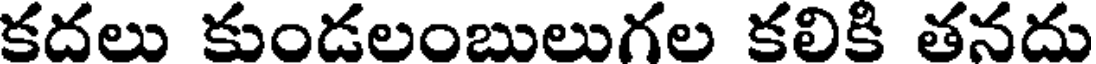
కదలు కుండలంబులుగల కలికి తనదు